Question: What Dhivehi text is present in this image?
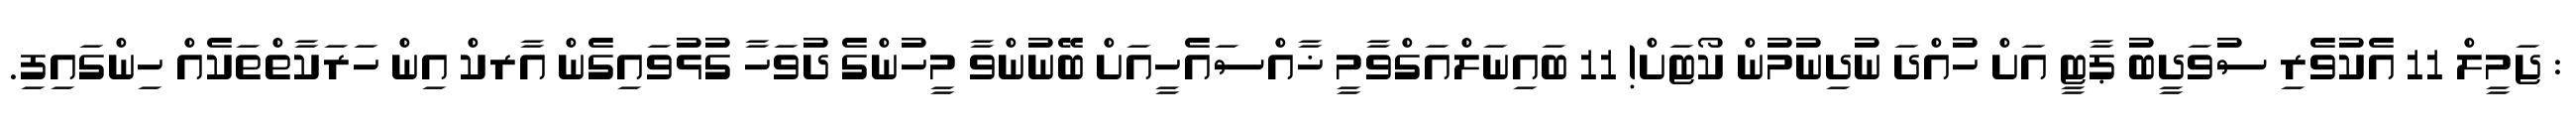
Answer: : ޖަމީލް 11 އެކުވެރި ސުވަދީބު ޕާޓީ އަށް ހުއްދަ ނުދިނުމުން ކޯޓަށް! 11 ބައިނަލްއަގްވާމީ ޚާއްސައެހީއަށް ބޭނުންވާ މީހުންގެ ދުވަހާ ގުޅުވައިގެން އާރކް އިން ހަރަކާތްތަކެއް ހިންގައިފި.